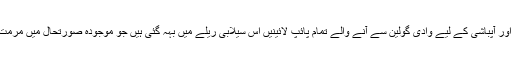
یاد رہے کہ مذکورہ دیہات کے لیے پینے اور آپباشی کے لیے وادی گولین سے آنے والے تمام پائپ لائینیں اس سیلابی ریلے میں بہہ گئی ہیں جو موجودہ صورتحال میں مرمت اوربحالی میں‌ کئی مہینے لے سکتے ہیں۔